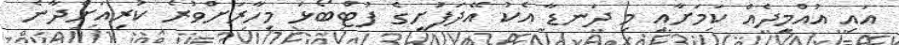
އައި އުއްމީދެއް ކަމަށާއި މި ދަނޑާ އެކު އޭދަފުށީގެ ފުޓްބޯޅަ މިހާރަށްވުރެ ކުރިއަށްދާނެ